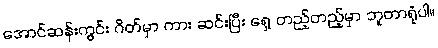
အောင်ဆန်းကွင်း ဂိတ်မှာ ကား ဆင်းပြီး ရှေ့ တည့်တည့်မှာ ဘူတာရုံပါ။